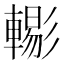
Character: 𨎗